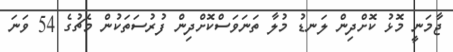
ޖާމަނީ މޮޅު ކޮށްދިން ލަނޑު މުލާ ތަނަވަސްކޮށްދިން ފުރުސަތަކުން މެޗުގެ 54 ވަނަ